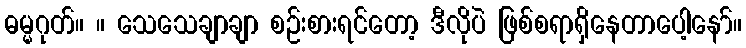
ဓမ္မဂုတ်။ ။ သေသေချာချာ စဉ်းစားရင်တော့ ဒီလိုပဲ ဖြစ်စရာရှိနေတာပေါ့နော်။